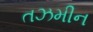
તઝમીન